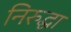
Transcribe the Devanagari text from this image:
निरुद्धा